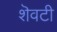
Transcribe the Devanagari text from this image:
शॆवटी